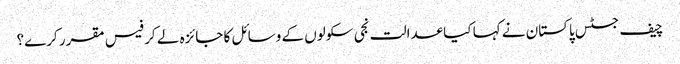
چیف جسٹس پاکستان نے کہا کیا عدالت نجی سکولوں کے وسائل کا جائزہ لے کر فیس مقرر کرے؟